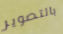
بالتصوير